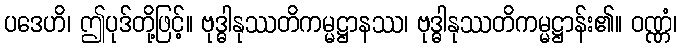
ပဒေဟိ၊ ဤပုဒ်တို့ဖြင့်။ ဗုဒ္ဓါနုဿတိကမ္မဋ္ဌာနဿ၊ ဗုဒ္ဓါနုဿတိကမ္မဋ္ဌာန်း၏။ ဝဏ္ဏံ၊